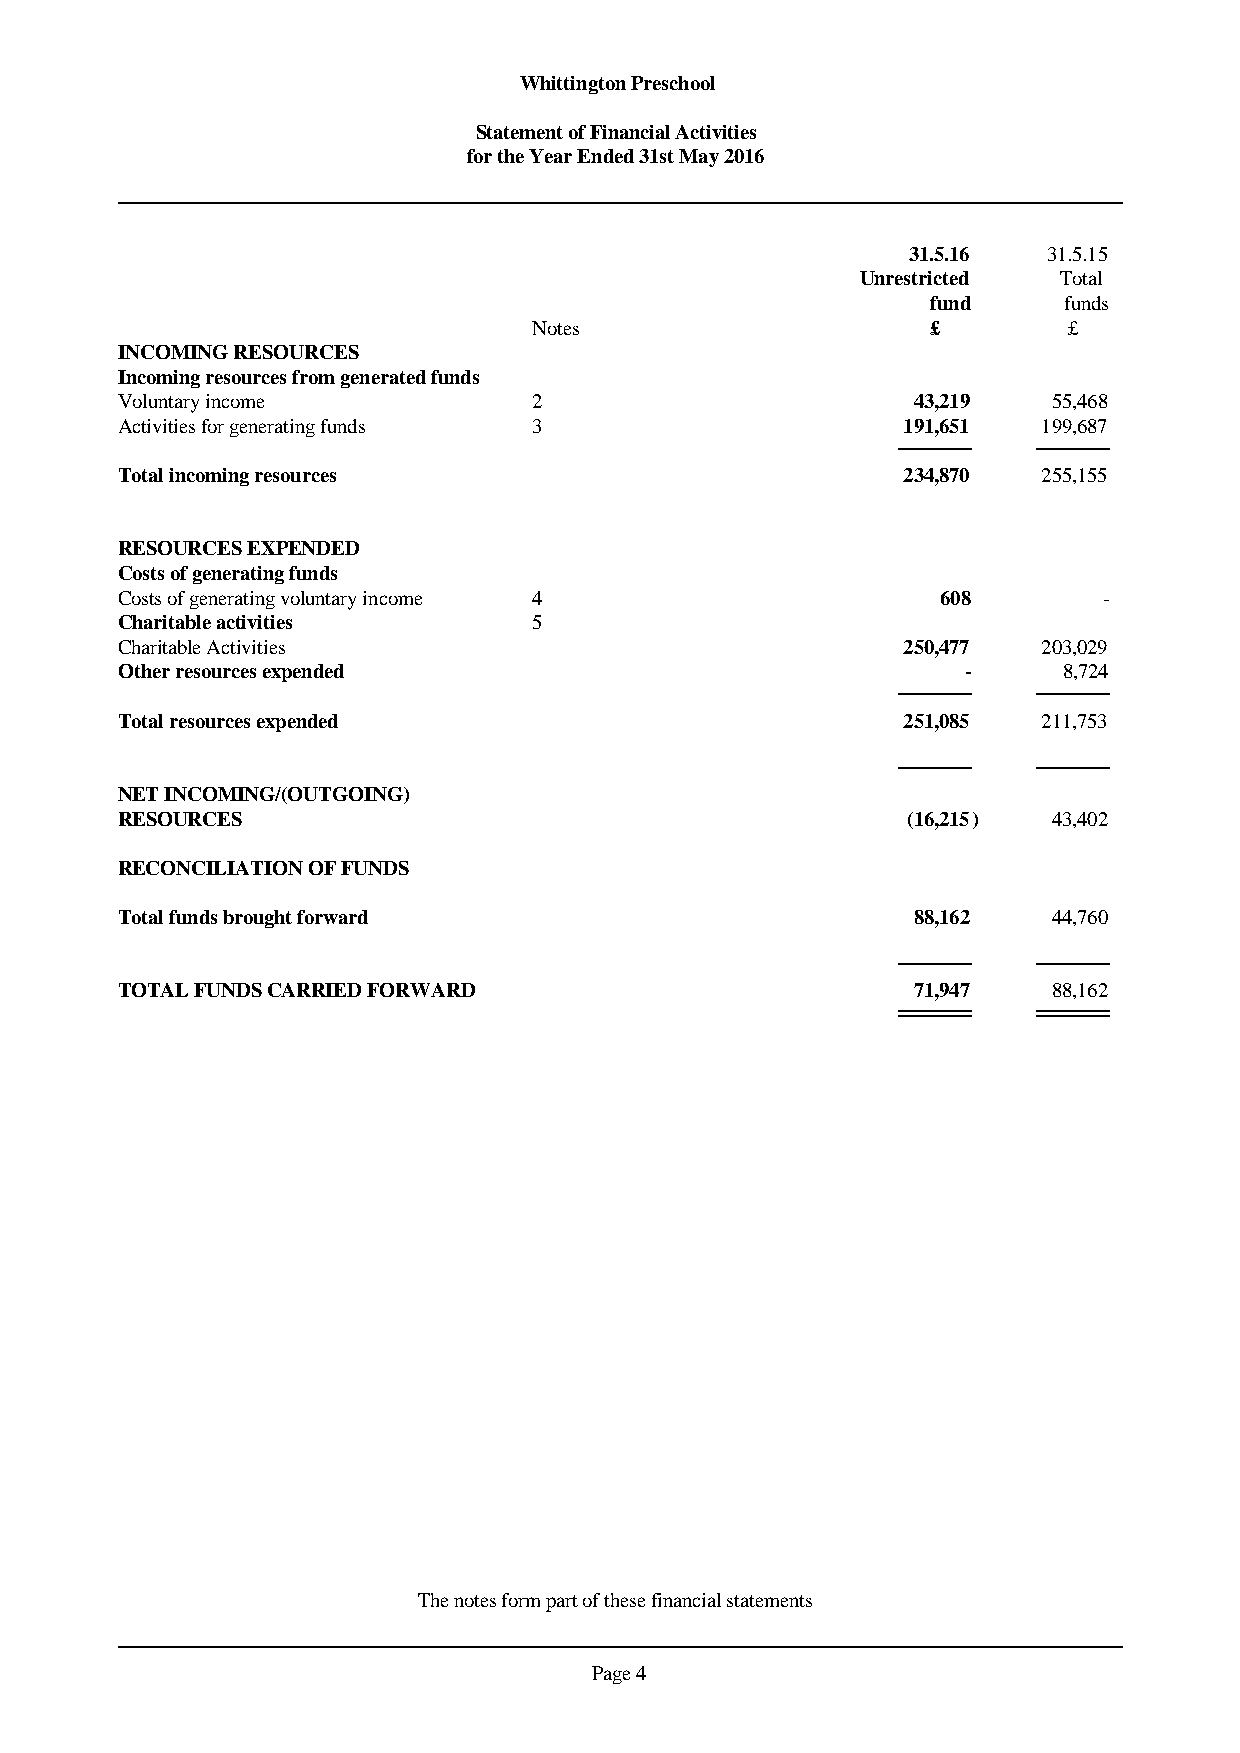
Whittington Preschool
 Statement of Financial Activities
 for the Year Ended 31st May 2016
 31.5.16  31.5.15
 Unrestricted Total
 fund    funds
 Notes                      £        £
 INCOMING RESOURCES
 Incoming resources from generated funds
 Voluntary income           2                        43,219    55,468
 Activities for generating funds 3                   191,651  199,687
 Total incoming resources                            234,870  255,155
 RESOURCES EXPENDED
 Costs of generating funds
 Costs of generating voluntary income 4                608        -
 Charitable activities      5
 Charitable Activities                               250,477  203,029
 Other resources expended                                -     8,724
 Total resources expended                            251,085  211,753
 NET INCOMING/(OUTGOING)
 RESOURCES                                           (16,215)  43,402
 RECONCILIATION OF FUNDS
 Total funds brought forward                         88,162    44,760
 TOTAL FUNDS CARRIED FORWARD                         71,947    88,162
 The notes form part of these financial statements
 Page 4